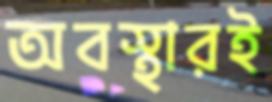
অবস্থারই